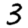
Digit: 3